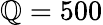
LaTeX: \mathbb{Q}=500